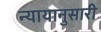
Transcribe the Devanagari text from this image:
न्यायानुसारी